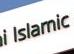
islamic